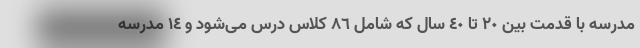
مدرسه با قدمت بین ٢٠ تا ٤٠ سال که شامل ٨٦ کلاس درس می‌شود و ١٤ مدرسه